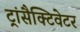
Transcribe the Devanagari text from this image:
ट्रांसैक्टिवेटर